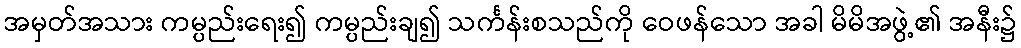
အမှတ်အသား ကမ္ပည်းရေး၍ ကမ္ပည်းချ၍ သင်္ကန်းစသည်ကို ဝေဖန်သော အခါ မိမိအဖွဲ့၏ အနီး၌